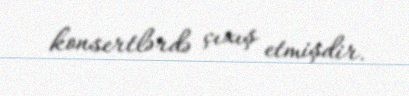
konsertlərdə çıxış etmişdir.